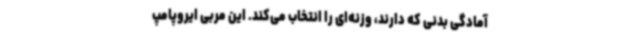
آمادگی بدنی که دارند، وزنه‌ای را انتخاب می‌کند. این مربی ایروپامپ